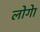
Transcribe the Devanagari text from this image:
लोगेा